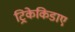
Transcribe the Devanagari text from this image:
ट्रिकेकिडाए